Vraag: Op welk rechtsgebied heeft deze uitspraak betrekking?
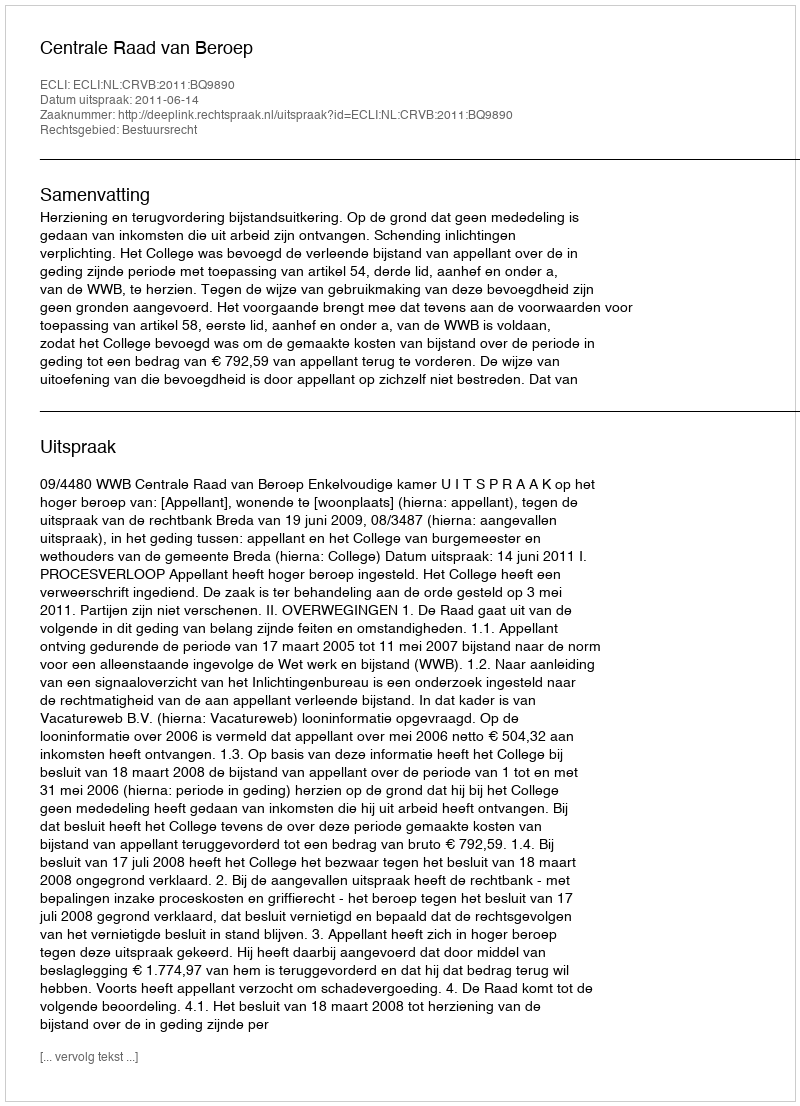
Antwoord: Bestuursrecht